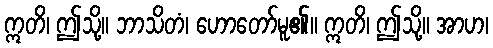
ဣတိ၊ ဤသို့။ ဘာသိတံ၊ ဟောတော်မူ၏။ ဣတိ၊ ဤသို့။ အာဟ၊